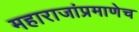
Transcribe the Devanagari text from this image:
महाराजांप्रमाणेच